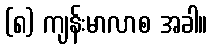
(၈) ကျန်းမာလာစ အခါ။